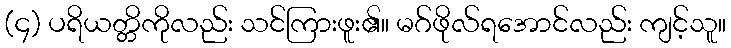
(၄) ပရိယတ္တိကိုလည်း သင်ကြားဖူး၏။ မဂ်ဖိုလ်ရအောင်လည်း ကျင့်သူ။